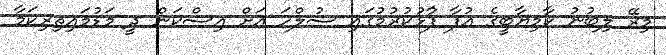
މިރޭ ލިބުނު ކާމިޔާބީގެ އުފާ ފާުޅުކުރުމުގައި ސުލްހަ އަށް އިސްކަން ދީ މަޑުމައިތިރިކަމާ